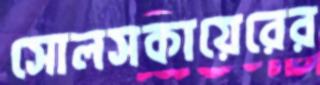
সোলসকায়েরের